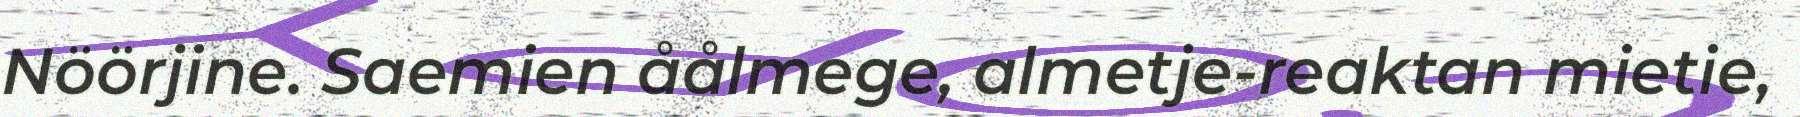
Nöörjine. Saemien åålmege, almetje-reaktan mietie,